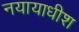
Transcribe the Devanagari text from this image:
नयायाधीश